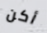
أكن